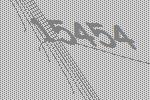
15454